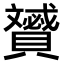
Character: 𧸠